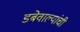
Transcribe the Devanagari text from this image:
डबेवाल्यांची